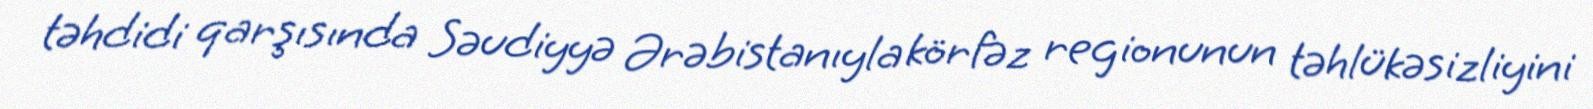
təhdidi qarşısında Səudiyyə Ərəbistanıyla körfəz regionunun təhlükəsizliyini